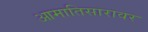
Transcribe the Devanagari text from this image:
आमातिसारावर